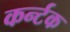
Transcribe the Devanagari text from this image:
कर्न्टक